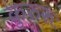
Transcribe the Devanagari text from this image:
कुरुरुः